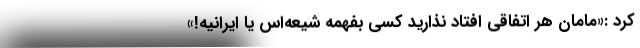
کرد :«مامان هر اتفاقی افتاد نذارید کسی بفهمه شیعه‌اس یا ایرانیه!»